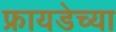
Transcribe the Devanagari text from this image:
फ्रायडेच्या